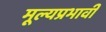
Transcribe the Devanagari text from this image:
मूल्यप्रभावी